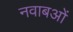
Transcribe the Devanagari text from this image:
नवाबओं